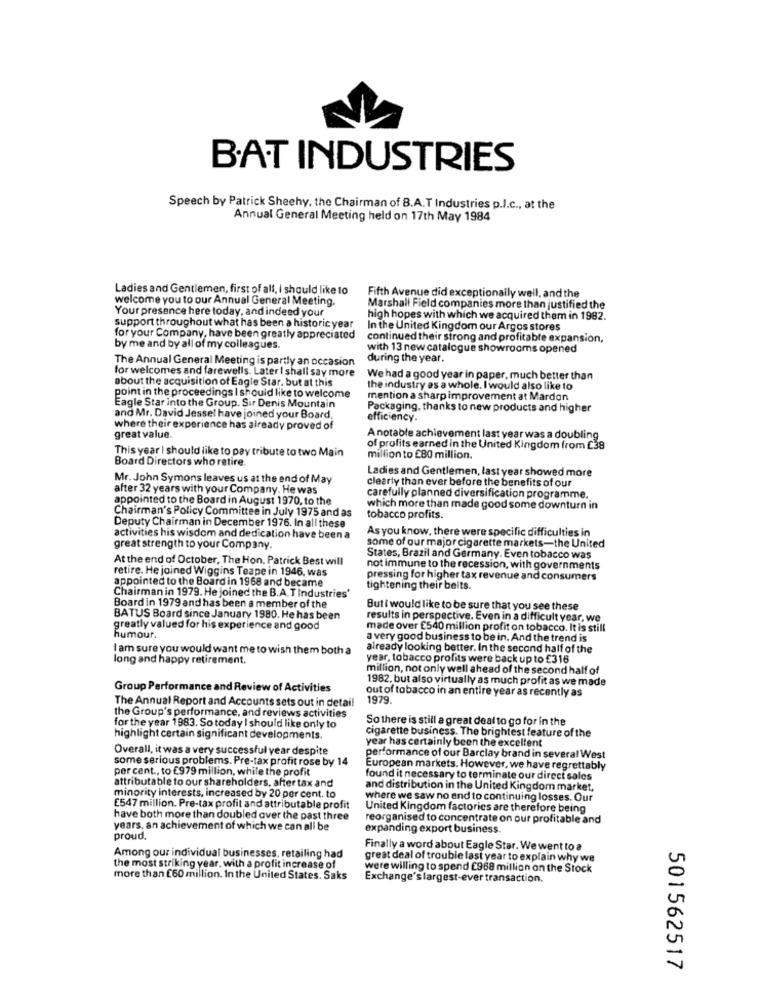
B.AT INDUSTRIES
Speech by Patrick Sheehy, the Chairman of B.A.T Industries p.l.c ., at the
Annual General Meeting held on 17th May 1984
Ladies and Gentlemen, first of all, I should like to
Fifth Avenue did exceptionally well, and the
welcome you to our Annual General Meeting.
Your presence here today, and indeed your
Marshall Field companies more than justified the
high hopes with which we acquired them in 1982.
support throughout what has been a historic year
In the United Kingdom our Argos stores
for your Company, have been greatly appreciated
continued their strong and profitable expansion,
by me and by all of my colleagues.
with 13 new catalogue showrooms opened
The Annual General Meeting is partly an occasion
during the year.
for welcomes and farewells. Later I shall say more
about the acquisition of Eagle Star, but at this
We had a good year in paper, much better than
the industry as a whole. I would also like to
point in the proceedings I should like to welcome
mention a sharp improvement at Mardon
Eagle Star into the Group. Sir Denis Mountain
Packaging, thanks to new products and higher
and Mr. David Jessel have joined your Board,
efficiency.
where their experience has already proved of
great value.
A notable achievement last year was a doubling
This year I should like to pay tribute to two Main
of profits earned in the United Kingdom from £38
Board Directors who retire.
million to £80 million.
Ladies and Gentlemen, last year showed more
Mr. John Symons leaves us at the end of May
clearly than ever before the benefits of our
after 32 years with your Company. He was
appointed to the Board in August 1970, to the
carefully planned diversification programme.
Chairman's Policy Committee in July 1975 and as
which more than made good some downturn in
tobacco profits.
Deputy Chairman in December 1976. In all these
As you know, there were specific difficulties in
activities his wisdom and dedication have been a
great strength to your Company.
some of our major cigarette markets-the United
At the end of October, The Hon. Patrick Best will
States, Brazil and Germany. Even tobacco was
retire. He joined Wiggins Teape in 1946, was
not immune to the recession, with governments
appointed to the Board in 1968 and became
pressing for higher tax revenue and consumers
tightening their beits.
Chairman in 1979. He joined the B.A. T Industries'
Board in 1979 and has been a member of the
Buti would like to be sure that you see these
BATUS Board since January 1980. He has been
results in perspective. Even in a difficult year, we
greatly valued for his experience and good
made over £540 million profit on tobacco. It is still
humour.
a very good business to be in. And the trend is
I am sure you would want me to wish them both a
already looking better. In the second half of the
long and happy retirement.
year, tobacco profits were back up to £316
million, not only well ahead of the second half of
1982. but also virtually as much profit as we made
Group Performance and Review of Activities
out of tobacco in an entire year as recently as
The Annual Report and Accounts sets out in detail
1979
the Group's performance, and reviews activities
So there is still a great deal to go for in the
for the year 1983. So today I should like only to
highlight certain significant developments.
cigarette business. The brightest feature of the
year has certainly been the excellent
Overall, it was a very successful year despite
some serious problems. Pre-tax profit rose by 14
performance of our Barclay brand in several West
per cent ., to £979 million, while the profit
European markets. However, we have regrettably
attributable to our shareholders, after tax and
found it necessary to terminate our direct sales
and distribution in the United Kingdom market,
minority interests, increased by 20 per cent. to
where we saw no and to continuing losses. Our
E547 million. Pre-tax profit and attributable profit
United Kingdom factories are therefore being
have both more than doubled over the past three
reorganised to concentrate on our profitable and
years, an achievement of which we can all be
expanding export business.
proud.
Finally a word about Eagle Star. We went to a
Among our individual businesses, retailing had
great deal of trouble last year to explain why we
the most striking year, with a profit increase of
were willing to spend £968 million on the Stock
more than £60 million. In the United States. Saks
Exchange's largest-ever transaction.
501562517